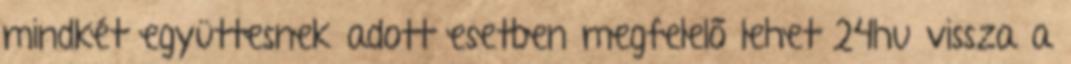
mindkét együttesnek adott esetben megfelelő lehet 24hu vissza a